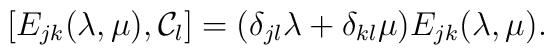
[ E_{j k}(\lambda, \mu), {\cal C}_l ] = (\delta_{j l}\lambda + \delta_{k l}\mu)  E_{j k}(\lambda, \mu).